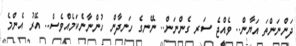
ދަންނަންތަ އަޔާން.. ވެއްޖެ ސަރ ގެންނަން.. ނޭނގެ ހަނދާން ހުންނާނެކަމެއްވެސް.. އޭރު އެންމެ